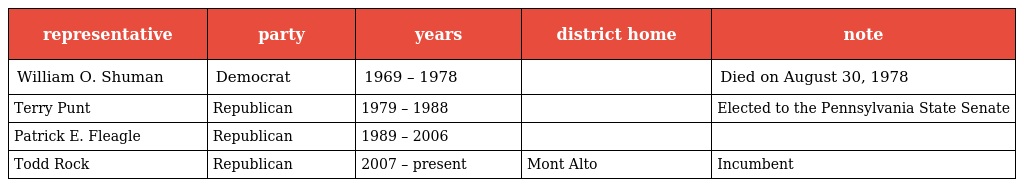
| representative | party | years | district home | note |
 | --- | --- | --- | --- | --- |
 | William O. Shuman | Democrat | 1969 – 1978 |  | Died on August 30, 1978 |
 | Terry Punt | Republican | 1979 – 1988 |  | Elected to the Pennsylvania State Senate |
 | Patrick E. Fleagle | Republican | 1989 – 2006 |  |  |
 | Todd Rock | Republican | 2007 – present | Mont Alto | Incumbent |